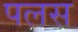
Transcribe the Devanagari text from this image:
पलस